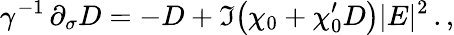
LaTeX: \gamma^{-1}\, \partial_{\sigma}D=-D+\Im{\left(\chi_{0}+\chi_{0}^{\prime}D\right)}|E|^{2}\, .,